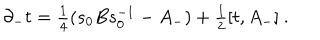
\partial _ { - } t = { \textstyle { \frac 1 4 } } ( s _ { 0 } B s _ { 0 } ^ { - 1 } - A _ { - } ) + { \textstyle { \frac 1 2 } } [ t , A _ { - } ] \ .